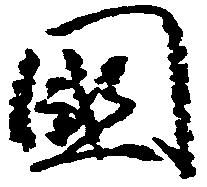
国